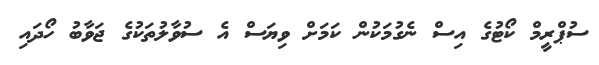
ސުޕްރީމް ކޯޓުގެ އިސް ނެގުމަކުން ކަމަށް ވިޔަސް އެ ސުވާލުތަކުގެ ޖަވާބު ހޯދައި